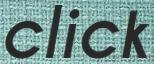
click